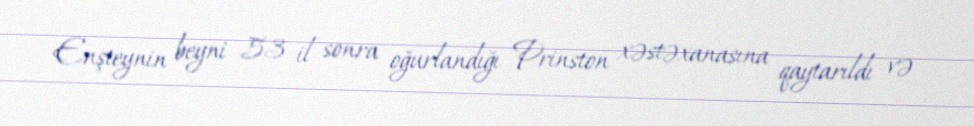
Enşteynin beyni 53 il sonra oğurlandığı Prinston xəstəxanasına qaytarıldı və